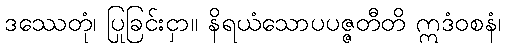
ဒဿေတုံ၊ ပြုခြင်းငှာ။ နိရယံသောပပဇ္ဇတီတိ ဣဒံဝစနံ၊